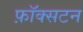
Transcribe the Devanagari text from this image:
फ़ॉक्सटन